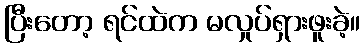
ပြီးတော့ ရင်ထဲက မလှုပ်ရှားဖူးခဲ့။